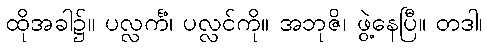
ထိုအခါ၌။ ပလ္လင်္ကံ၊ ပလ္လင်ကို။ အဘုဇိ၊ ဖွဲ့နေပြီ။ တဒါ၊